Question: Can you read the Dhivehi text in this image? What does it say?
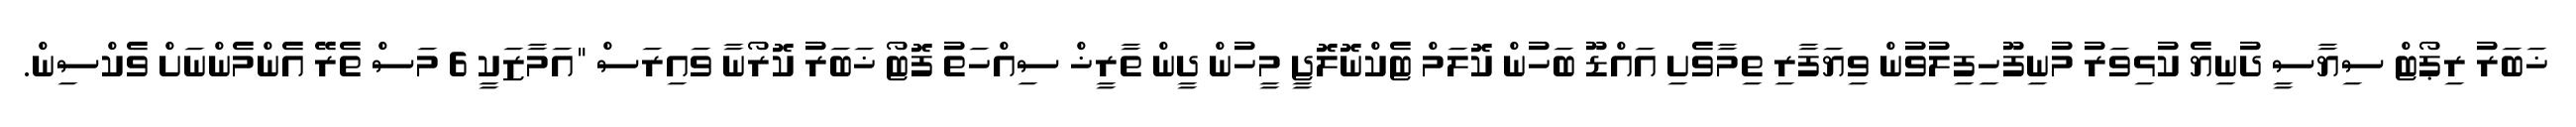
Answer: ޚަބަރު ރިޕޯޓް ސިޔާސީ ދުނިޔެ ކުޅިވަރު މުނިފޫހިފިލުވުން ވިޔަފާރި ތިމާވެށި އައްޑޫ ބަހުން ކޮލަމް ޓެކްނޮލޮޖީ މީހުން ދީން ތާރީޚް ސިއްހަތު ފޮޓޯ ޚަބަރު ކޮރޯނާ ވައިރަސް "އަމާޒަކީ 6 މަސް ތެރޭ އެންމެންނަށް ވެކްސިން.